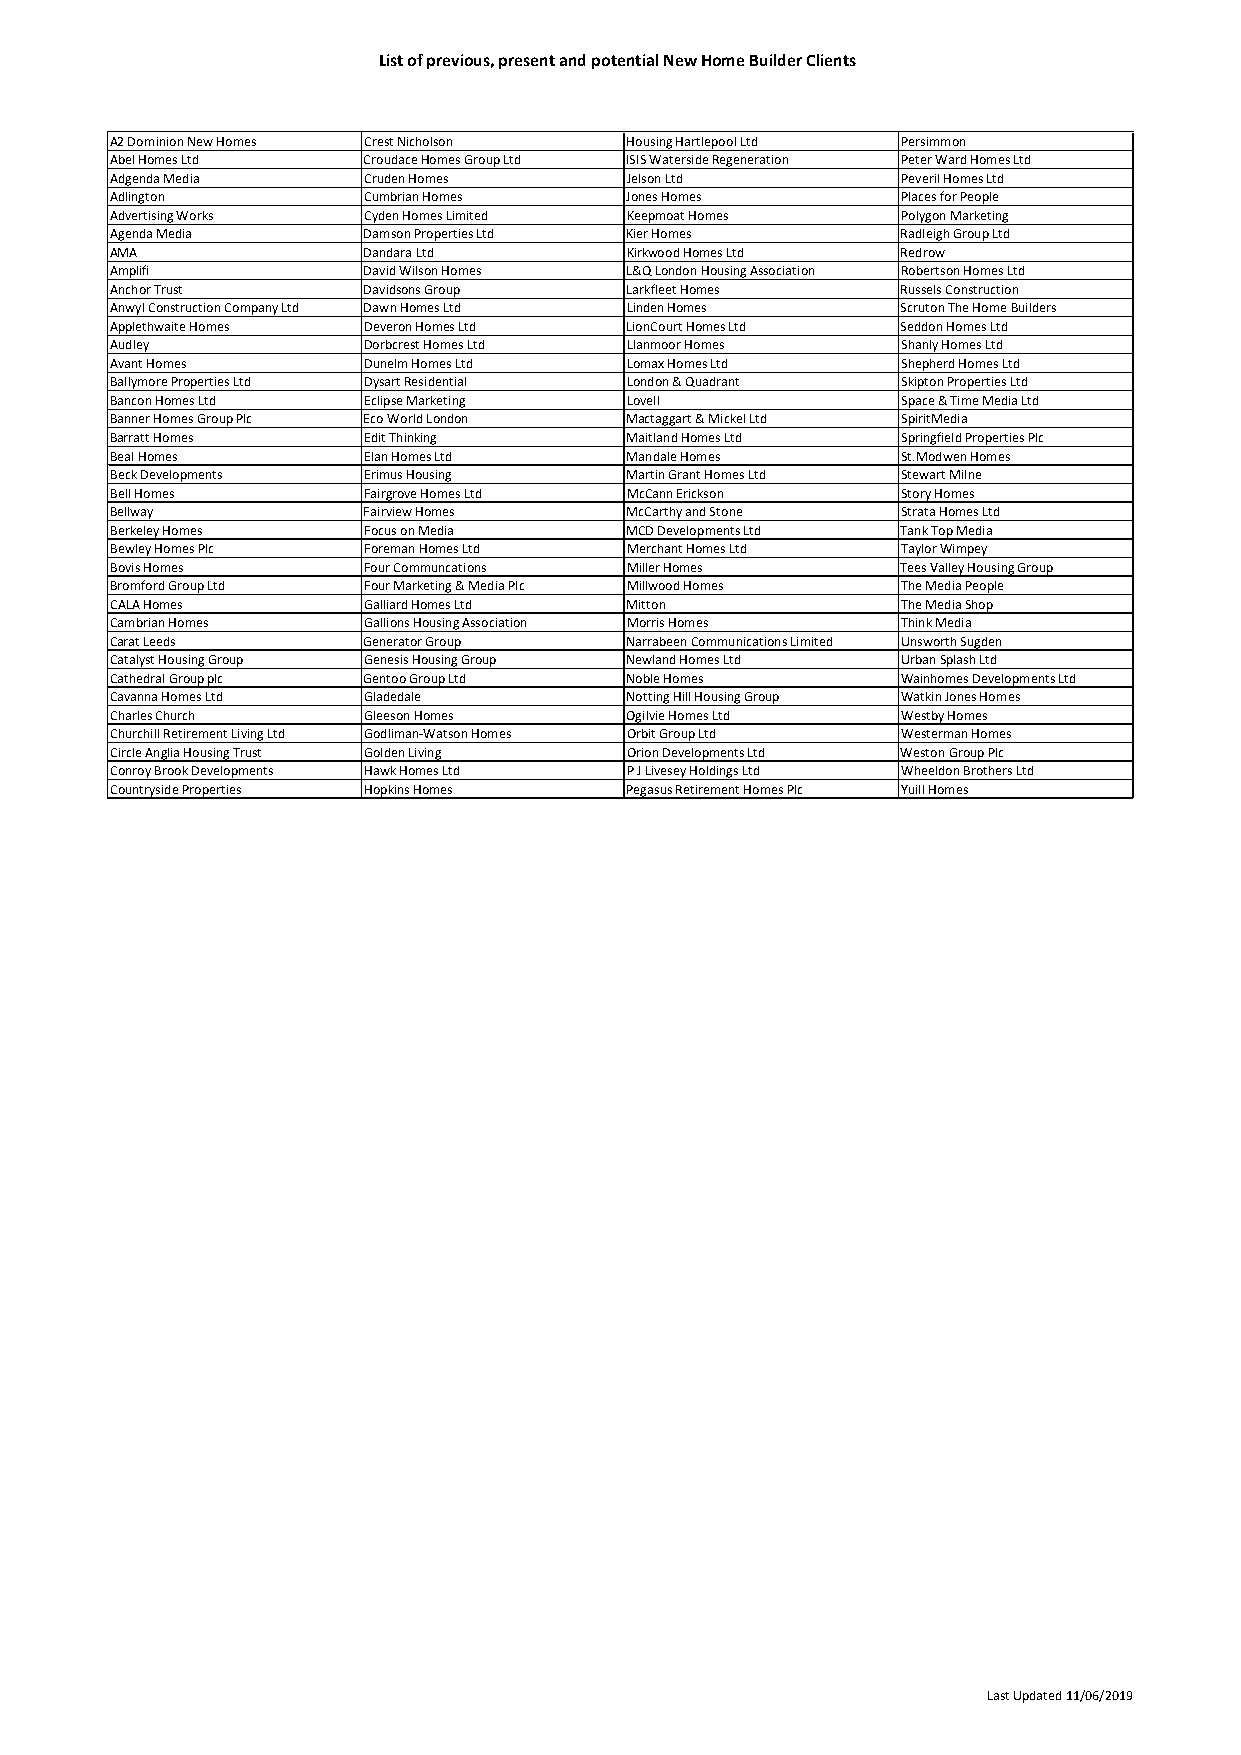
List of previous, present and potential New Home Builder Clients
 A2 Dominion New Homes Crest Nicholson Housing Hartlepool Ltd Persimmon
 Abel Homes Ltd   Croudace Homes Group Ltd ISIS Waterside Regeneration Peter Ward Homes Ltd
 Adgenda Media    Cruden Homes     Jelson Ltd         Peveril Homes Ltd
 Adlington        Cumbrian Homes   Jones Homes        Places for People
 Advertising Works Cyden Homes Limited Keepmoat Homes Polygon Marketing
 Agenda Media     Damson Properties Ltd Kier Homes    Radleigh Group Ltd
 AMA              Dandara Ltd      Kirkwood Homes Ltd Redrow
 Amplifi          David Wilson Homes L&Q London Housing Association Robertson Homes Ltd
 Anchor Trust     Davidsons Group  Larkfleet Homes    Russels Construction
 Anwyl Construction Company Ltd Dawn Homes Ltd Linden Homes Scruton The Home Builders
 Applethwaite Homes Deveron Homes Ltd LionCourt Homes Ltd Seddon Homes Ltd
 Audley           Dorbcrest Homes Ltd Llanmoor Homes  Shanly Homes Ltd
 Avant Homes      Dunelm Homes Ltd Lomax Homes Ltd    Shepherd Homes Ltd
 Ballymore Properties Ltd Dysart Residential London & Quadrant Skipton Properties Ltd
 Bancon Homes Ltd Eclipse Marketing Lovell            Space & Time Media Ltd
 Banner Homes Group Plc Eco World London Mactaggart & Mickel Ltd SpiritMedia
 Barratt Homes    Edit Thinking    Maitland Homes Ltd Springfield Properties Plc
 Beal Homes       Elan Homes Ltd   Mandale Homes      St.Modwen Homes
 Beck Developments Erimus Housing  Martin Grant Homes Ltd Stewart Milne
 Bell Homes       Fairgrove Homes Ltd McCann Erickson Story Homes
 Bellway          Fairview Homes   McCarthy and Stone Strata Homes Ltd
 Berkeley Homes   Focus on Media   MCD Developments Ltd Tank Top Media
 Bewley Homes Plc Foreman Homes Ltd Merchant Homes Ltd Taylor Wimpey
 Bovis Homes      Four Communcations Miller Homes     Tees Valley Housing Group
 Bromford Group Ltd Four Marketing & Media Plc Millwood Homes The Media People
 CALA Homes       Galliard Homes Ltd Mitton           The Media Shop
 Cambrian Homes   Gallions Housing Association Morris Homes Think Media
 Carat Leeds      Generator Group  Narrabeen Communications Limited Unsworth Sugden
 Catalyst Housing Group Genesis Housing Group Newland Homes Ltd Urban Splash Ltd
 Cathedral Group plc Gentoo Group Ltd Noble Homes     Wainhomes Developments Ltd
 Cavanna Homes Ltd Gladedale       Notting Hill Housing Group Watkin Jones Homes
 Charles Church   Gleeson Homes    Ogilvie Homes Ltd  Westby Homes
 Churchill Retirement Living Ltd Godliman-Watson Homes Orbit Group Ltd Westerman Homes
 Circle Anglia Housing Trust Golden Living Orion Developments Ltd Weston Group Plc
 Conroy Brook Developments Hawk Homes Ltd P J Livesey Holdings Ltd Wheeldon Brothers Ltd
 Countryside Properties Hopkins Homes Pegasus Retirement Homes Plc Yuill Homes
 Last Updated 11/06/2019